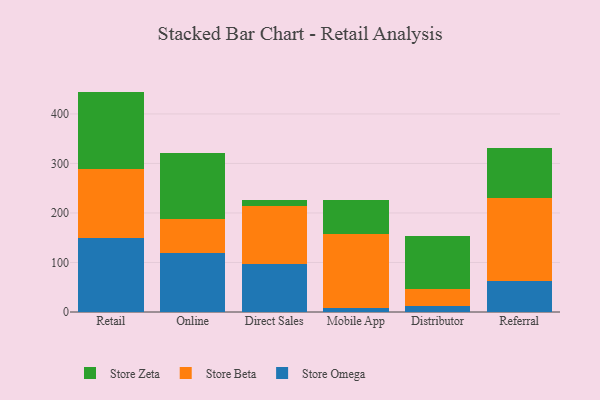
{"axis": {"x": "Channel", "y": "Website Visitors"}, "legend": ["Store Beta", "Store Omega", "Store Zeta"], "data": [{"x": "Retail", "y": 149.2, "type": "Store Omega"}, {"x": "Retail", "y": 140.4, "type": "Store Beta"}, {"x": "Retail", "y": 155.5, "type": "Store Zeta"}, {"x": "Online", "y": 119.3, "type": "Store Omega"}, {"x": "Online", "y": 68.2, "type": "Store Beta"}, {"x": "Online", "y": 133.3, "type": "Store Zeta"}, {"x": "Direct Sales", "y": 96.5, "type": "Store Omega"}, {"x": "Direct Sales", "y": 117.3, "type": "Store Beta"}, {"x": "Direct Sales", "y": 12.0, "type": "Store Zeta"}, {"x": "Mobile App", "y": 7.8, "type": "Store Omega"}, {"x": "Mobile App", "y": 150.2, "type": "Store Beta"}, {"x": "Mobile App", "y": 68.9, "type": "Store Zeta"}, {"x": "Distributor", "y": 11.6, "type": "Store Omega"}, {"x": "Distributor", "y": 35.4, "type": "Store Beta"}, {"x": "Distributor", "y": 106.7, "type": "Store Zeta"}, {"x": "Referral", "y": 63.0, "type": "Store Omega"}, {"x": "Referral", "y": 167.5, "type": "Store Beta"}, {"x": "Referral", "y": 99.7, "type": "Store Zeta"}]}